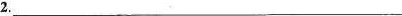
2.___________________